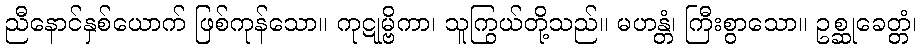
ညီနောင်နှစ်ယောက် ဖြစ်ကုန်သော။ ကုဋုမ္ဗိကာ၊ သူကြွယ်တို့သည်။ မဟန္တံ၊ ကြီးစွာသော။ ဥစ္ဆုခေတ္တံ၊